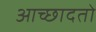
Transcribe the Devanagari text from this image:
आच्छादतो